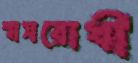
শ্বাসরোধী